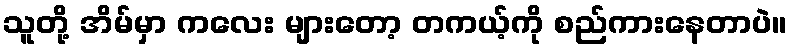
သူတို့ အိမ်မှာ ကလေး များတော့ တကယ့်ကို စည်ကားနေတာပဲ။